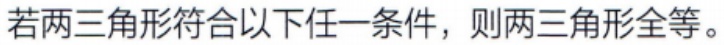
若两三角形符合以下任一条件，则两三角形全等。